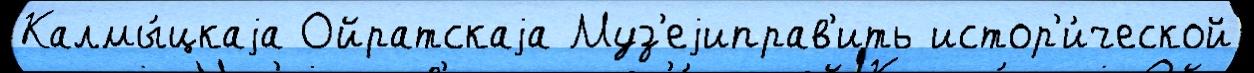
Калмы́цкаjа Ойратскаjа Муз'еjиправ'ить истор'и́ческой